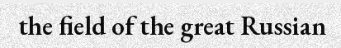
the field of the great Russian